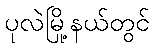
ပုလဲမြို့နယ်တွင်